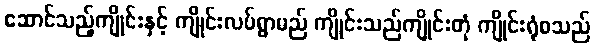
ဆောင်သည့်ကျိုင်းနှင့် ကျိုင်းလပ်ရွာမည် ကျိုင်းသည်ကျိုင်းတုံ ကျိုင်းရုံစသည်